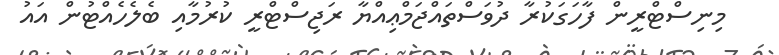
މިނިސްޓްރީން ފާހަގަކުރާ ދުވަސްތައްޖަމްޢިއްޔާ ރަޖިސްޓްރީ ކުރުމާއި ބެލެހެއްޓުން އައު